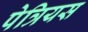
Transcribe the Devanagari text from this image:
पेत्रियस